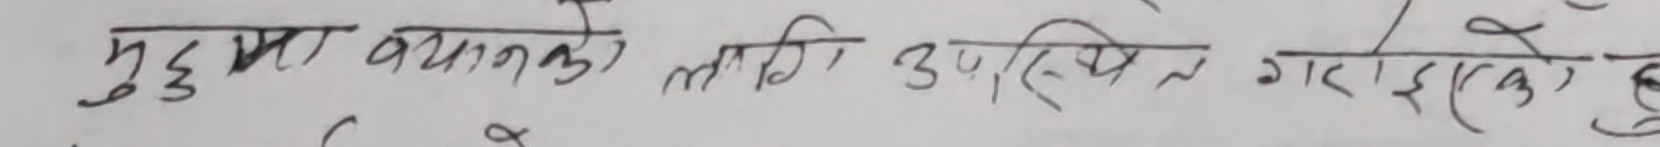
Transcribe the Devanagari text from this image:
मुद्दा वयानको लागि उपस्थित गराईएको छ